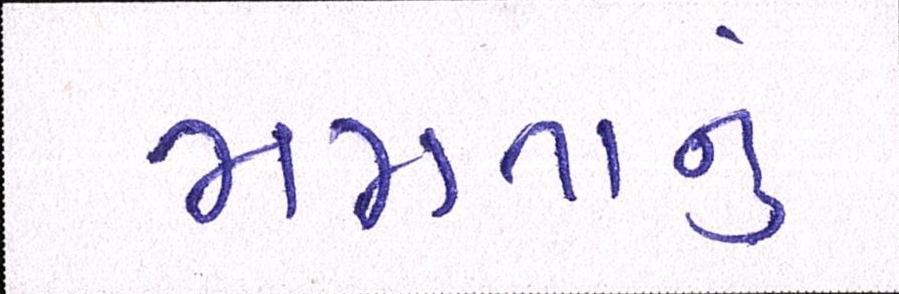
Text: મમતાનું